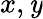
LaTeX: x,\mathit{y}